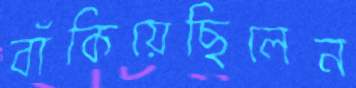
বাঁকিয়েছিলেন